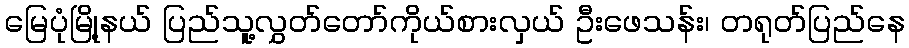
မြေပုံမြို့နယ် ပြည်သူ့လွှတ်တော်ကိုယ်စားလှယ် ဦးဖေသန်း၊ တရုတ်ပြည်နေ